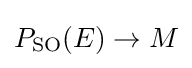
P_{\operatorname {SO} }(E)\rightarrow M